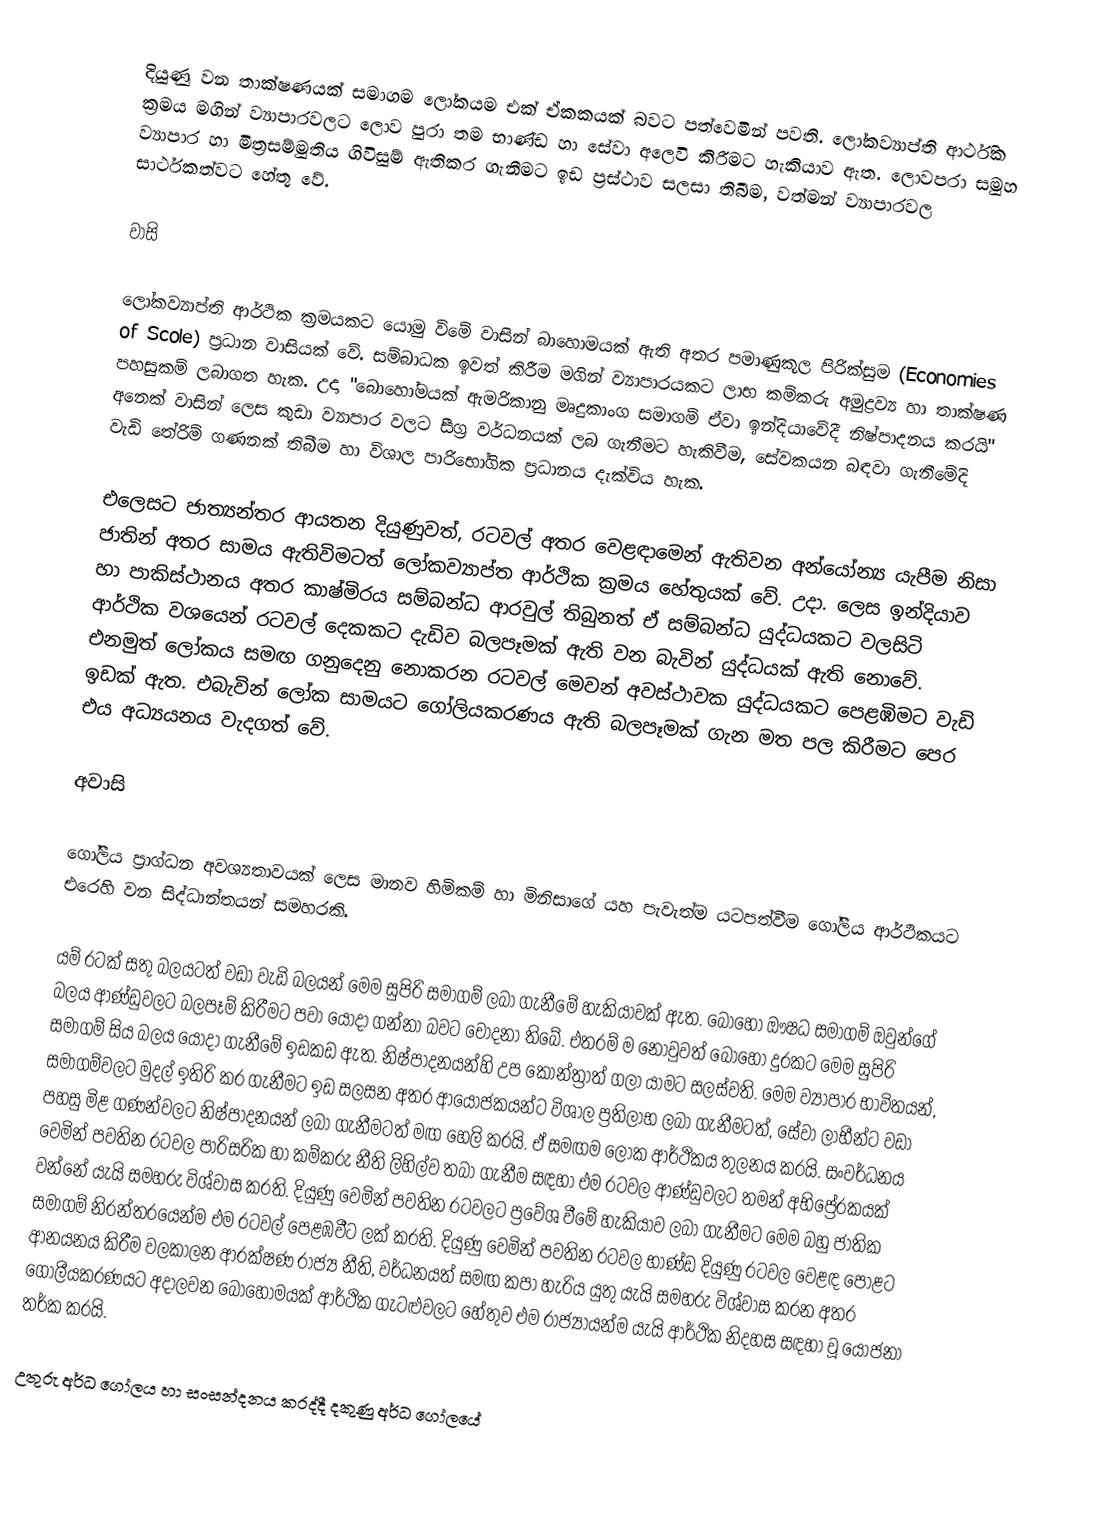
දියුණු වන තාක්ෂණයක් සමාගම ලෝකයම එක් ඒකකයක් බවට පත්වෙමින් පවති. ලෝකව්‍යාප්ති ආර්ථික ක්‍රමය මගින් ව්‍යාපාරවලට ලොව පුරා තම භාණ්ඩ හා සේවා අලෙවි කිරීමට හැකියාව ඇත. ලොවපරා සමුහ ව්‍යාපාර හා මිත්‍රසම්මුතිය ගිවිසුම් ඇතිකර ගැනීමට ඉඩ ප්‍රස්ථාව සලසා තිබීම, වත්මන් ව්‍යාපාරවල සාර්ථකත්වට හේතු වේ.

වාසි

ලෝකව්‍යාප්ති ආර්ථික ක්‍රමයකට යොමු විමේ වාසින් බාහොමයක් ඇති අතර පමාණුකූල පිරික්සුම (Economies of Scole) ප්‍රධාන වාසියක් වේ. සම්බාධක ඉවත් කිරීම මගින් ව්‍යාපාරයකට ලාභ කම්කරු අමුද්‍රව්‍ය හා තාක්ෂණ පහසුකම් ලබාගත හැක. උදා "බොහෝමයක් ඇමරිකානු මෘදුකාංග සමාගම් ඒවා ඉන්දියාවේදී නිෂ්පාදනය කරයි" අනෙක් වාසින් ලෙස කුඩා ව්‍යාපාර වලට සීග්‍ර වර්ධනයක් ලබ ගැනීමට හැකිවීම, සේවකයන බඳවා ගැනීමේදි වැඩි තේරිම් ගණනක් තිබීම හා විශාල පාරිභෝගික ප්‍රධානය දැක්විය හැක.

එලෙසට ජාත්‍යන්තර ආයතන දියුණුවත්, රටවල් අතර වෙළඳාමෙන් ඇතිවන අ‍න්යෝන්‍ය යැපීම නිසා ජාතින් අතර සාමය ඇතිවිමටත් ලෝකව්‍යාප්ත ආර්ථික ක්‍රමය හේතුයක් වේ. උදා. ලෙස ඉන්දියාව හා පාකිස්ථානය අතර කාෂ්මිරය සම්බන්ධ ආරවුල් තිබුනත් ඒ සම්බන්ධ යුද්ධයකට වලසිටි ආර්ථික වශයෙන් රටවල් දෙකකට දැඩිව බලපෑමක් ඇති වන බැවින් යුද්ධයක් ඇති නොවේ. එනමුත් ලෝකය සමඟ ගනුදෙනු නොකරන රටවල් මෙවන් අවස්ථාවක යුද්ධයකට පෙළඹිමට වැඩි ඉඩක් ඇත. එබැවින් ලෝක සාමයට ගෝලියකරණය ඇති බලපෑමක් ගැන මත පල කිරීමට පෙර එය අධ්‍යයනය වැදගත් වේ.

අවාසි

ගෝලීය ප්‍රාග්ධන අවශ්‍යතාවයක් ලෙස මානව හිමිකම් හා මිනිසාගේ යහ පැවැත්ම යටපත්වීම ගෝලීය ආර්ථිකයට එරෙහි වන සිද්ධාන්තයන් සමහරකි.

යම් රටක් සතු බලයටත් වඩා වැඩි බලයන් මෙම සුපිරි සමාගම් ලබා ගැනීමේ හැකියාවක් ඇත. බොහෝ ඖෂධ සමාගම් ඔවුන්ගේ බලය ආණ්ඩුවලට බලපෑම් කිරීමට පවා යොදා ගන්නා බවට චෝදනා තිබේ. එතරම් ම නොවුවත් බොහෝ දුරකට මෙම සුපිරි සමාගම් සිය බලය යොදා ගැනීමේ ඉඩකඩ ඇත. නිෂ්පාදනයන්හි උප කොන්ත්‍රාත් ගලා යාමට සලස්වති. මෙම ව්‍යාපාර භාවිතයන්, සමාගම්වලට මුදල් ඉතිරි කර ගැනීමට ඉඩ සලසන අතර ආයෝජකයන්ට විශාල ප්‍රතිලාභ ලබා ගැනීමටත්, සේවා ලාභීන්ට වඩා පහසු මිළ ගණන්වලට නිෂ්පාදනයන් ලබා ගැනීමටත් මඟ හෙලි කරයි. ඒ සමඟම ලෝක ආර්ථිකය තුලනය කරයි. සංවර්ධනය වෙමින් පවතින රටවල පාරිසරික හා කම්කරු නීති ලිහිල්ව තබා ගැනී‍ම සඳහා එම රටවල ආණ්ඩුවලට තමන් අභිප්‍රේරකයක් වන්නේ යැයි සමහරු විශ්වාස කරති. දියුණු වෙමින් පවතින රටවලට ප්‍රවේශ වීමේ හැකියාව ලබා ගැනීමට මෙම බහු ජාතික සමාගම් නිරන්තරයෙන්ම එම රටවල් පෙළඹවීට ලක් කරති. දියුණු වෙමින් පවතින රටවල භාණ්ඩ දියුණු රටවල වෙළඳ පොළට ආනයනය කිරීම වලකාලන ආරක්ෂණ රාජ්‍ය නීති, වර්ධනයත් සමඟ කපා හැරිය යුතු යැයි සමහරු විශ්වාස කරන අතර ගෝලීයකරණයට අදාලවන බොහොමයක් ආර්ථික ගැටළුවලට හේතුව එම රාජ්‍යායන්ම යැයි ආර්ථික නිදහස සඳහා වූ යෝජනා තර්ක කරයි.

උතුරු අර්ධ ගෝලය හා සංසන්දනය කරද්දී දකුණු අර්ධ ගෝලයේ